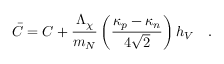
{ \bar { C } } = C + { \frac { \Lambda _ { \chi } } { m _ { N } } } \left( { \frac { \kappa _ { p } - \kappa _ { n } } { 4 \sqrt { 2 } } } \right) h _ { V } \ \ \ .